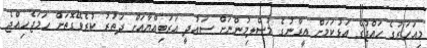
މިއަހަރުގެ ހައްޖުގެ އަޅުކަމަށް އީރާނުގެ މުސްލިމުންނަށް ސައުދީ އަރަބިއްޔާއަށް ދަތުރު ކުރެވޭގޮތަށް ހަމަޖެހިއްޖެ